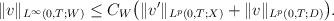
LaTeX: \begin{align*}\begin{aligned}\|v\|_{L^\infty(0,T;W)} \le C_{W}\big( \| v' \|_{L^p(0,T;X)} + \| v \|_{L^p(0,T;D)} \big).\end{aligned}\end{align*}